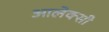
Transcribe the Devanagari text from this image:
आलेक्सी